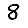
Digit: 8